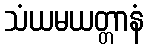
သံယမယတ္တာနံ